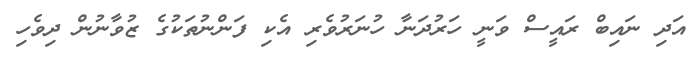
އަދި ނައިބް ރައީސް ވަނީ ހަރުދަނާ ހުނަރުވެރި އެކި ފަންނުތަކުގެ ޒުވާނުން ދިވެހި